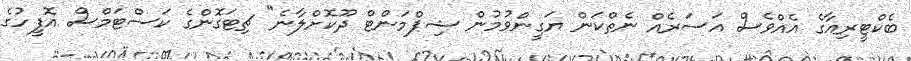
ބެކްޓީރިއާގެ އެއްވެސް އަސަރެއް ނެތްކަން ޔަގީންވުމުން ޝިޕްމަންޓް ދޫކޮށްލާނެ" ޗިޓަގޮންގެ ކަސްޓަމްސް އޮފީހުގެ